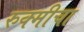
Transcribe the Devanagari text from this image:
रुक्मीचा